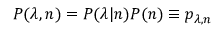
P ( \lambda , n ) = P ( \lambda | n ) P ( n ) \equiv p _ { \lambda , n }